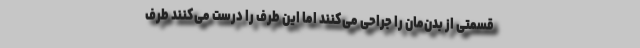
قسمتی از بدن‌مان را جراحی می‌کنند اما این طرف را درست می‌کنند طرف